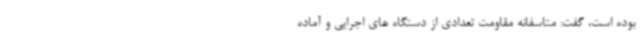
بوده است، گفت: متاسفانه مقاومت تعدادی از دستگاه های اجرایی و آماده